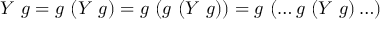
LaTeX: Y \ g = g \ ( Y \ g ) = g \ ( g \ ( Y \ g ) ) = g \ ( \ldots g \ ( Y \ g ) \ldots )